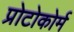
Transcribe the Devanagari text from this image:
प्रोटोकोर्म